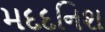
મદદનિશ